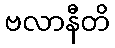
ဗလာနီတိ